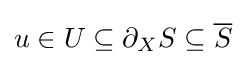
u\in U\subseteq \partial _{X}S\subseteq {\overline {S}}